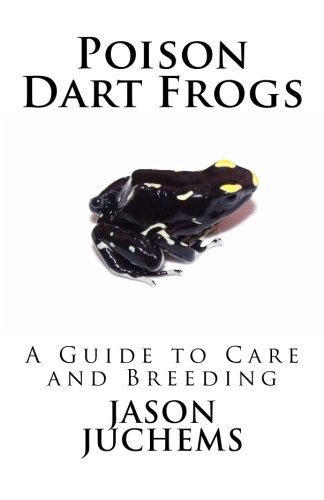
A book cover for Poison Dart Frogs: A Guide to Care and Breeding; Jason Juchems; Crafts, Hobbies & Home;